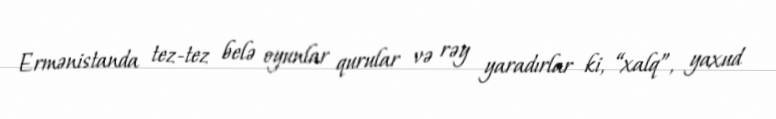
Ermənistanda tez-tez belə oyunlar qurular və rəy yaradırlar ki, “xalq”, yaxud